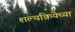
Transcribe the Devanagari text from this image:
शल्यक्रियेच्या